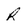
Character: R